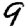
Digit: 9